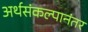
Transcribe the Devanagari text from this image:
अर्थसंकल्पानंतर